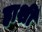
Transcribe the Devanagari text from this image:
हाशी